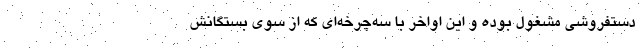
دستفروشی‌ مشغول بوده و این اواخر با سه‌چرخه‌ای‌ که از سوی بستگانش